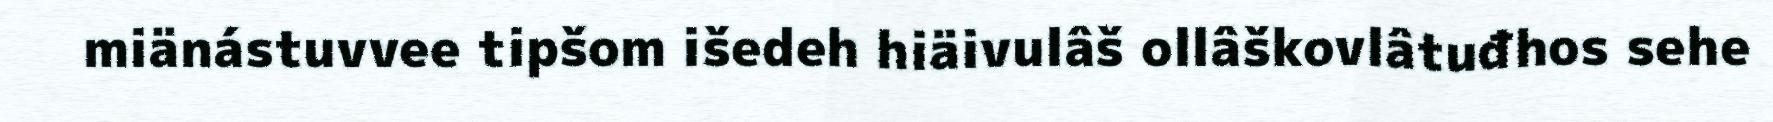
miänástuvvee tipšom išedeh hiäivulâš ollâškovlâtuđhos sehe